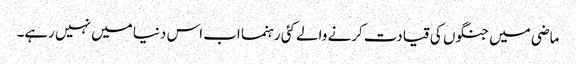
ماضی میں جنگوں کی قیادت کرنے والے کئی رہنما اب اس دنیا میں نہیں رہے۔